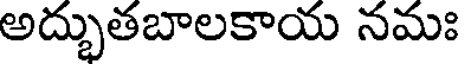
అద్భుతబాలకాయ నమః